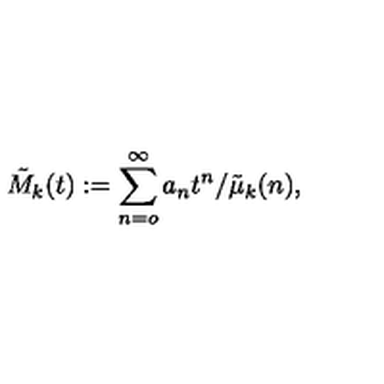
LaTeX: \tilde { M } _ { k } ( t ) : = \sum _ { n = o } ^ { \infty } a _ { n } t ^ { n } / \tilde { \mu } _ { k } ( n ) ,